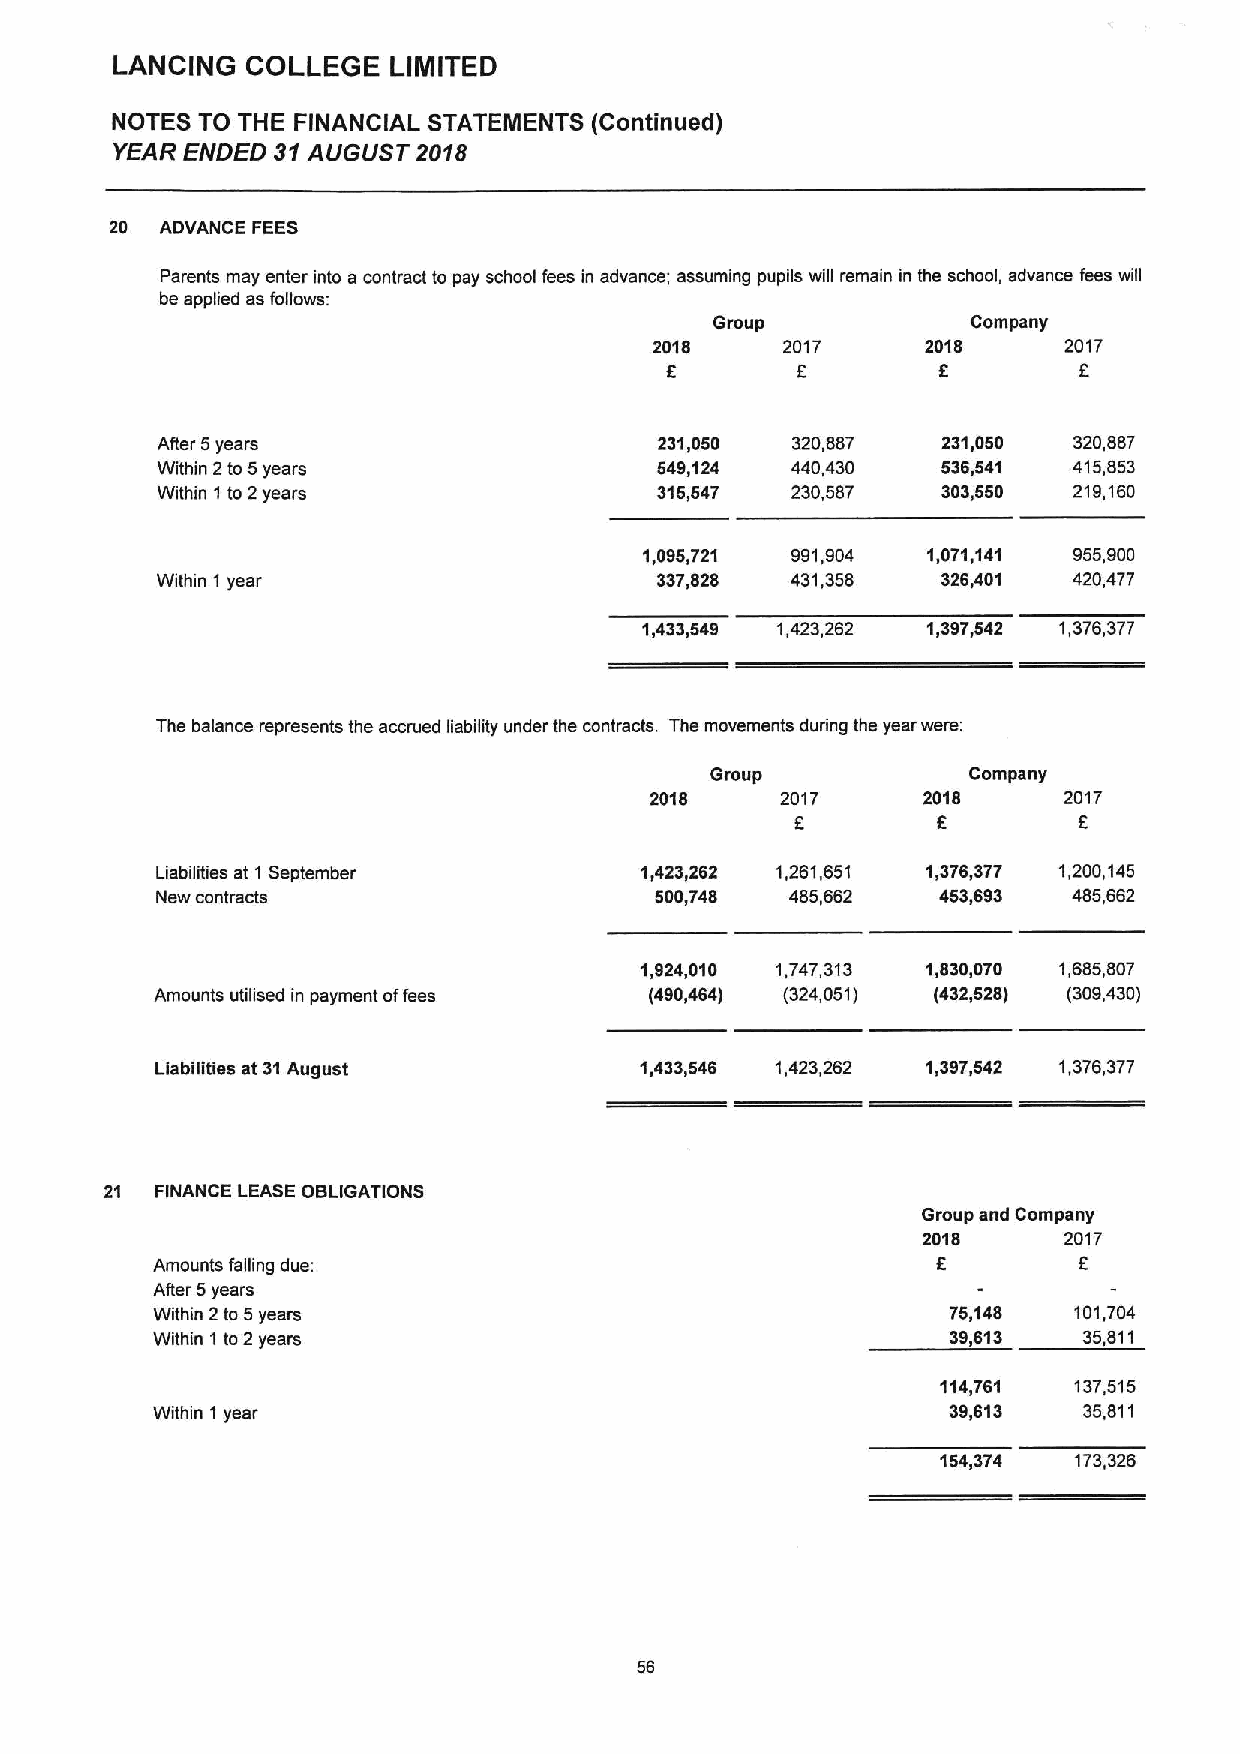
LANCING  COLLEGE   LIMITED
 NOTES TO THE FINANCIAL STATEMENTS (Continued)
 YEAR ENDED 31AUGUST  2018
 20  ADVANCE FEES
 Parents may enter into a contract to psy school fees in advance; assuming pupils will remain in the school, advance fees will
 be applied as follows:
 Group            Company
 2018     2017     2018     2017
 f        f
 After 5years                      231,050 320,887   231,050  320,887
 Within 2to 5years                549,')24 440,430   536,541  415,853
 Within 1 to 2years               315,547  230,587   303,550  219,160
 1,095,721 991,904 1,071,141 955,900
 Within 1year                     337,828  431,358   326,401  420,477
 1,433,549 1,423,262 1,397,642 1,376,377
 The balance represents the accrued liability under the contracts. The movements during the year were:
 Group            Company
 2018     2017     2018     2017
 F        5
 Liabilities at 1 September      1,423,262 1,261,651 1,376,377 1,200,145
 New contracts                    500,748  485,662   453,693  485,662
 1,924,010 1,747,313 1,830,070 1,685,807
 Amounts utilised in payment offees (490,464) (324,051) (432,528) (309,430)
 Liabilities at 31August         1,433,546 1,423,262 1,397,542 1,376,377
 21 FINANCE LEASE OBLIGATIONS
 Group and Company
 2018     2017
 Amounts falling due:                                5
 After 5years
 Within 2to 5years                                    75,148  101,704
 Within 1 to 2 years                                  39,613   35,811
 114,761  137,515
 Within 1 year                                        39,613   35,811
 154,374  173,326
 56